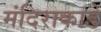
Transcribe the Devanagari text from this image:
मंदिराकाडे